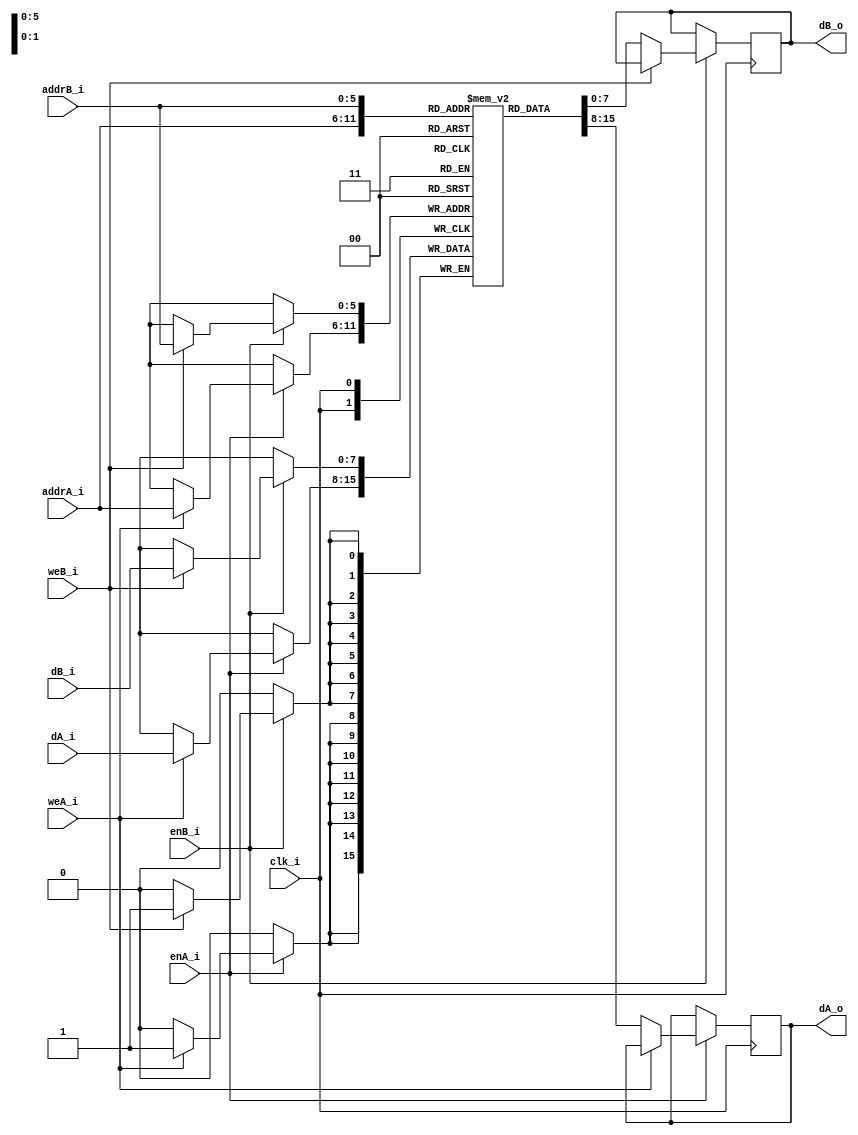
// This program was cloned from: https://github.com/IObundle/iob-soc
// License: MIT License

`timescale 1ns / 1ps

module iob_ram_dp #(
   parameter HEXFILE              = "none",
   parameter DATA_W               = 8,
   parameter ADDR_W               = 6,
   parameter MEM_NO_READ_ON_WRITE = 1
) (
   input clk_i,

   // Port A
   input      [DATA_W-1:0] dA_i,
   input      [ADDR_W-1:0] addrA_i,
   input                   enA_i,
   input                   weA_i,
   output reg [DATA_W-1:0] dA_o,

   // Port B
   input      [DATA_W-1:0] dB_i,
   input      [ADDR_W-1:0] addrB_i,
   input                   enB_i,
   input                   weB_i,
   output reg [DATA_W-1:0] dB_o
);

   //this allows ISE 14.7 to work; do not remove
   localparam mem_init_file_int = HEXFILE;


   // Declare the RAM
   reg [DATA_W-1:0] ram[2**ADDR_W-1:0];

   // Initialize the RAM
   initial if (mem_init_file_int != "none") $readmemh(mem_init_file_int, ram, 0, 2 ** ADDR_W - 1);

   generate
      if (MEM_NO_READ_ON_WRITE) begin : with_MEM_NO_READ_ON_WRITE
         always @(posedge clk_i) begin  // Port A
            if (enA_i)
               if (weA_i) ram[addrA_i] <= dA_i;
               else dA_o <= ram[addrA_i];
         end
         always @(posedge clk_i) begin  // Port B
            if (enB_i)
               if (weB_i) ram[addrB_i] <= dB_i;
               else dB_o <= ram[addrB_i];
         end
      end else begin : not_MEM_NO_READ_ON_WRITE
         always @(posedge clk_i) begin  // Port A
            if (enA_i) if (weA_i) ram[addrA_i] <= dA_i;
            dA_o <= ram[addrA_i];
         end
         always @(posedge clk_i) begin  // Port B
            if (enB_i) if (weB_i) ram[addrB_i] <= dB_i;
            dB_o <= ram[addrB_i];
         end
      end
   endgenerate

endmodule